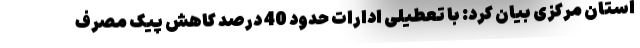
استان مرکزی بیان کرد: با تعطیلی ادارات حدود 40 درصد کاهش پیک مصرف